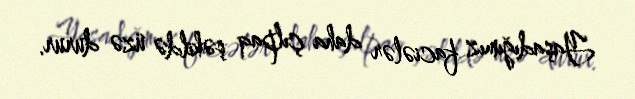
Yaşadığımız faciələr daha çılpaq şəkildə üzə durur.